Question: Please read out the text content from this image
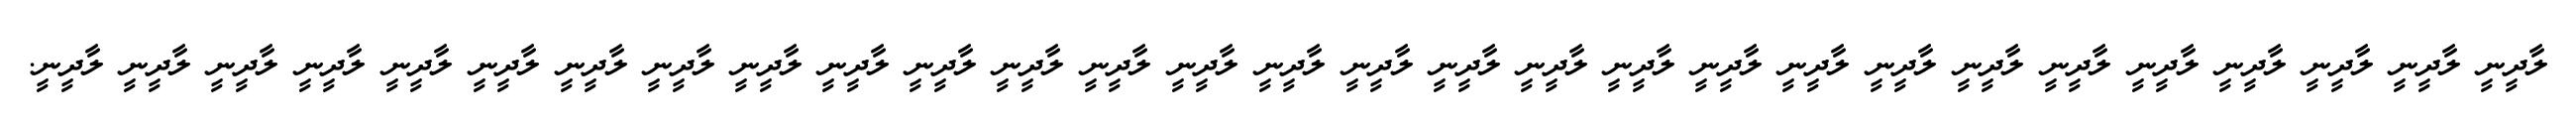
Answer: ލާދީނީ ލާދީނީ ލާދީނީ ލާދީނީ ލާދީނީ ލާދީނީ ލާދީނީ ލާދީނީ ލާދީނީ ލާދީނީ ލާދީނީ ލާދީނީ ލާދީނީ ލާދީނީ ލާދީނީ ލާދީނީ ލާދީނީ ލާދީނީ ލާދީނީ ލާދީނީ ލާދީނީ ލާދީނީ ލާދީނީ ލާދީނީ ލާދީނީ ލާދީނީ ލާދީނީ ލާދީނީ ލާދީނީ.